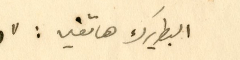
البطريرك هاتفين : "